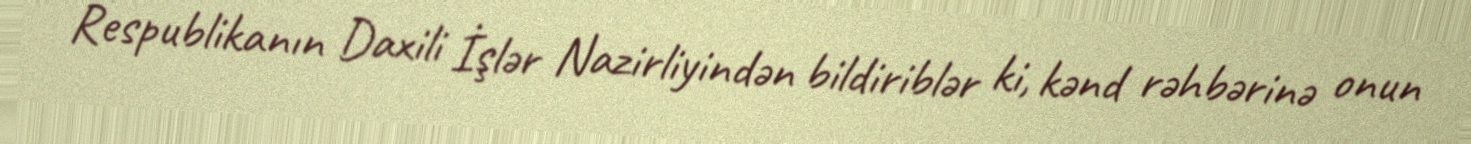
Respublikanın Daxili İşlər Nazirliyindən bildiriblər ki, kənd rəhbərinə onun